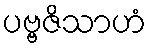
ပဗ္ဗဇိသာဟံ